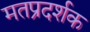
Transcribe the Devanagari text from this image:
मतप्रदर्शक